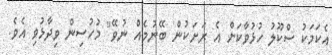
އެކަމަކު ސްކޫލު ހުޅުވާކަށް އެ ރަށަކުން ބޭނުމެއް ނުވޭ" މުހުސިން ވިދާޅުވި އެވެ.